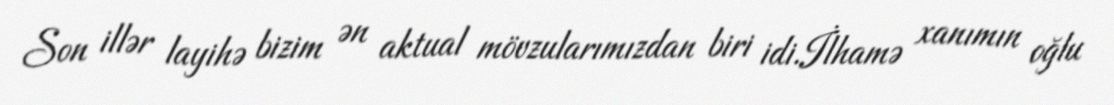
Son illər layihə bizim ən aktual mövzularımızdan biri idi.İlhamə xanımın oğlu